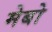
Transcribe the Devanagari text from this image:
मेबो